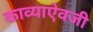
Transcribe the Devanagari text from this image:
काव्याऐवजी